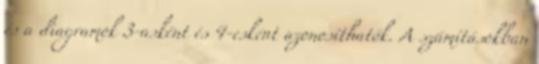
és a diagramok 3-asként és 4-esként azonosíthatók. A számításokban